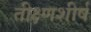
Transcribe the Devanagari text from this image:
तीक्ष्णशीर्ष